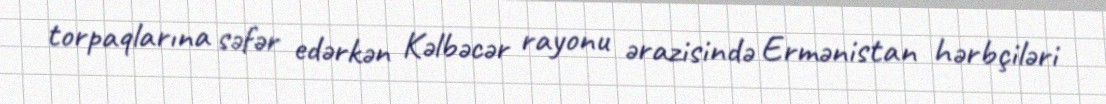
torpaqlarına səfər edərkən Kəlbəcər rayonu ərazisində Ermənistan hərbçiləri